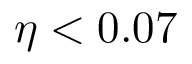
\eta < 0 . 0 7